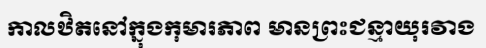
កាលឋិតនៅក្នុងកុមារភាព មានព្រះជន្មាយុរវាង